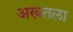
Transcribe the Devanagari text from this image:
अखतला